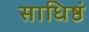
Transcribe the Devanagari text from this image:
साधिष्ठं